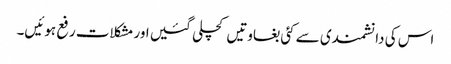
اس کی دانشمندی سے کئی بغاوتیں کچلی گئیں اور مشکلات رفع ہوئیں۔